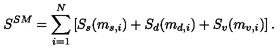
S ^ { S M } = \sum _ { i = 1 } ^ { N } \left[ S _ { s } ( m _ { s , i } ) + S _ { d } ( m _ { d , i } ) + S _ { v } ( m _ { v , i } ) \right] .